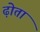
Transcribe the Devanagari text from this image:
ढ़ोता